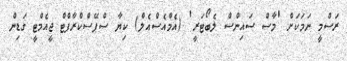
ރަސްމީ ނަމަކަށް 'މާސް ސައިންސް ލެބޯޓަރީ' (އެމްއެސްއެލް) ކިޔާ ސްޕޭސްކްރާފްޓް ޖީއެމްޓީ ގަޑިން